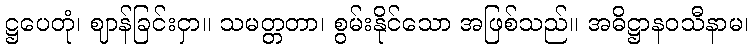
ဋ္ဌပေတုံ၊ ဈာန်ခြင်းငှာ။ သမတ္တတာ၊ စွမ်းနိုင်သော အဖြစ်သည်။ အဓိဋ္ဌာနဝသီနာမ၊